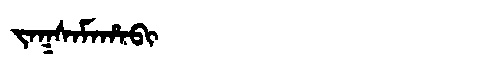
Manchu: ᠵᠠᡴᠰᠠᠮᠠᡥᠠᠪᡳ
Romanization: JAKSAMAHABI